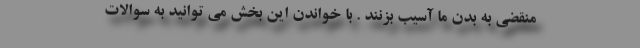
منقضی به بدن ما آسیب بزنند . با خواندن این بخش می توانید به سوالات